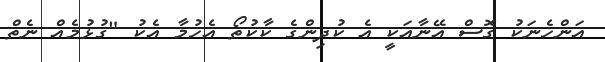
އަންހެނަކު ގޮސް އޭނާއަކީ އެ ކުދިންގެ ކާކުތޯ އެހުމާ އެކު "ގުޅުމެއް ނެތް